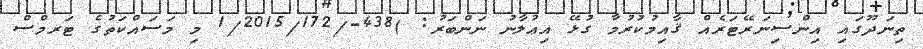
ތިނަދޫގައި އިންސިނަރޭޓަރެއް ޤާއިމުކުރުމާ ގުޅޭ އިޢުލާނު ނަންބަރު: )438-/1/2015/172 މި މަސައްކަތުގެ ޓަރމްސް